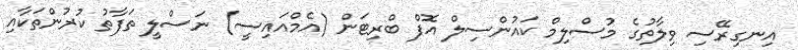
އިނގިރޭސި ވިލާތުގެ މުސްލިމް ކައުންސިލް އޮފް ބްރިޓަން (އެމްއައިސީ) ނަސްލީ ތަފާތު ކުރުންތަކާއި